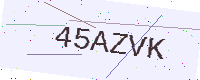
Text: 45AZVK